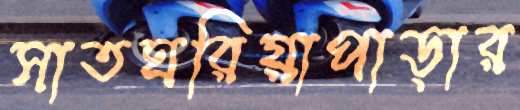
সাতঘরিয়াপাড়ার